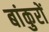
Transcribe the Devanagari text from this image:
बांकुरों